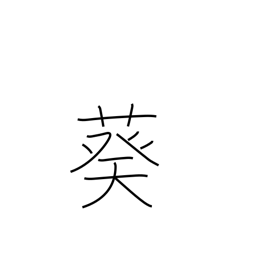
Meaning: hollyhock